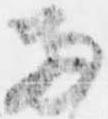
両